Report of the Indian Hemp Drugs Commission, 1894-1895 - Volume IV
Year: 1894
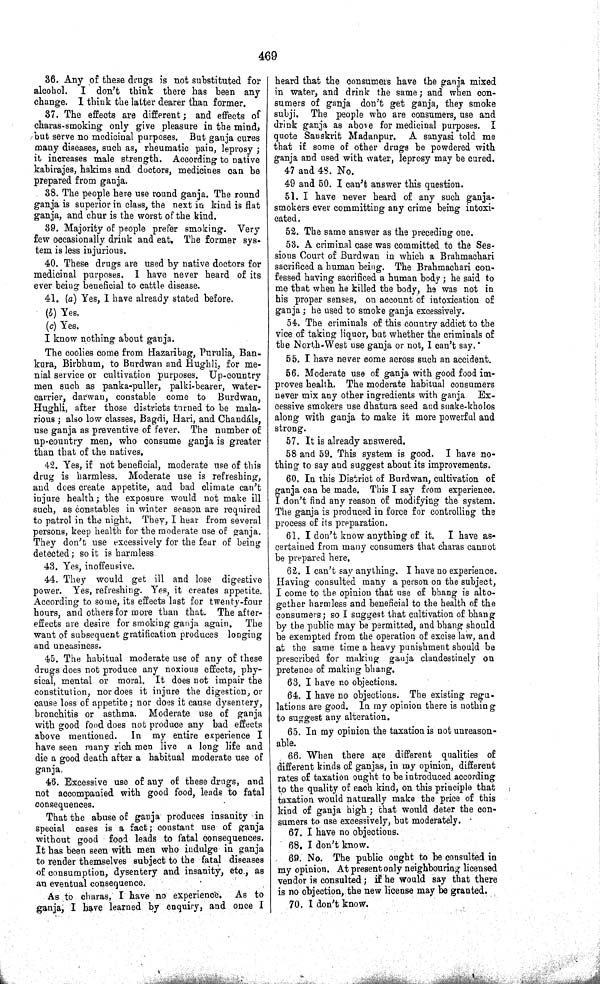
469
36. Any of these drugs is not substituted for
alcohol. I don't think there has been any
change. I think the latter dearer than former.
37. The effects are different; and effects of
charas-smoking only give pleasure in the mind,
but serve no medicinal purposes. But ganja cures
many diseases, such as, rheumatic pain, leprosy;
it increases male strength. According to native
kabirajes, hakims and doctors, medicines can be
prepared from ganja.
38. The people here use round ganja. The round
ganja is superior in class, the next in kind is flat
ganja, and chur is the worst of the kind.
39. Majority of people prefer smoking. Very
few occasionally drink and eat. The former sys-
tem is less injurious.
40. These drugs are used by native doctors for
medicinal purposes. I have never heard of its
ever being beneficial to cattle disease.
41. (a) Yes, I have already stated before.
(b) Yes.
(c) Yes.
I know nothing about ganja.
The coolies come from Hazaribag, Purulia, Ban-
kura, Birbhum, to Burdwan and Hughli, for me-
nial service or cultivation purposes. Up-country
men such as panka-puller, palki-bearer, water-
carrier, darwan, constable come to Burdwan,
Hughli, after those districts turned to be mala-
rious; also low classes, Bagdi, Hari, and Chandáls,
use ganja as preventive of fever. The number of
up-country men, who consume ganja is greater
than that of the natives.
42. Yes, if not beneficial, moderate use of this
drug is harmless. Moderate use is refreshing,
and does create appetite, and bad climate can't
injure health; the exposure would not make ill
such, as constables in winter season are required
to patrol in the night. They, I hear from several
persons, keep health for the moderate use of ganja.
They don't use excessively for the fear of being
detected; so it is harmless.
43. Yes, inoffensive.
44. They would get ill and lose digestive
power. Yes, refreshing. Yes, it creates appetite.
According to some, its effects last for twenty-four
hours, and others for more than that. The after-
effects are desire for smoking ganja again. The
want of subsequent gratification produces longing
and uneasiness.
45. The habitual moderate use of any of these
drugs does not produce any noxious effects, phy-
sical, mental or moral. It does not impair the
constitution, nor does it injure the digestion, or
cause loss of appetite; nor does it cause dysentery,
bronchitis or asthma. Moderate use of ganja
with good food does not produce any bad effects
above mentioned. In my entire experience I
have seen many rich men live a long life and
die a good death after a habitual moderate use of
ganja.
46. Excessive use of any of these drugs, and
not accompanied with good food, leads to fatal
consequences.
That the abuse of ganja produces insanity in
special cases is a fact; constant use of ganja
without good food leads to fatal consequences.
It has been seen with men who indulge in ganja
to render themselves subject to the fatal diseases
of consumption, dysentery and insanity, etc., as
an eventual consequence.
As to charas, I have no experience. As to
ganja, I have learned by enquiry, and once I
heard that the consumers have the ganja mixed
in water, and drink the same; and when con-
sumers of ganja don't get ganja, they smoke
subji. The people who are consumers, use and
drink ganja as above for medicinal purposes. I
quote Sanskrit Madanpur. A sanyasi told me
that if some of other drugs be powdered with
ganja and used with water, leprosy may be cured.
47 and 48. No.
49 and 50. I can't answer this question.
51. I have never heard of any such ganja-
smokers ever committing any crime being intoxi-
cated.
52. The same answer as the preceding one.
53. A criminal case was committed to the Ses-
sions Court of Burdwan in which a Brahmachari
sacrificed a human being. The Brahmachari con-
fessed having sacrificed a human body; he said to
me that when he killed the body, he was not in
his proper senses, on account of intoxication of
ganja; he used to smoke ganja excessively.
54. The criminals of this country addict to the
vice of taking liquor, but whether the criminals of
the North-West use ganja or not, I can't say.
55. I have never come across such an accident.
56. Moderate use of ganja with good food im-
proves health. The moderate habitual consumers
never mix any other ingredients with ganja Ex-
cessive smokers use dhatura seed and snake-kholos
along with ganja to make it more powerful and
strong.
57. It is already answered.
58 and 59. This system is good. I have no-
thing to say and suggest about its improvements.
60. In this District of Burdwan, cultivation of
ganja can be made. This I say from experience.
I don't find any reason of modifying the system.
The ganja is produced in force for controlling the
process of its preparation.
61. I don't know anything of it.
I have as-
certained from many consumers that charas cannot
be prepared here.
62. I can't say anything. I have no experience.
Having consulted many a person on the subject,
I come to the opinion that use of bhang is alto-
gether harmless and beneficial to the health of the
consumers; so I suggest that cultivation of bhang
by the public may be permitted, and bhang should
be exempted from the operation of excise law, and
at the same time a heavy punishment should be
prescribed for making ganja clandestinely on
pretence of making bhang.
63. I have no objections.
64. I have no objections. The existing regu-
lations are good. In my opinion there is nothing
to suggest any alteration.
65. In my opinion the taxation is not unreason-
able.
66. When there are different qualities of
different kinds of ganjas, in my opinion, different
rates of taxation ought to be introduced according
to the quality of each kind, on this principle that
taxation would naturally make the price of this
kind of ganja high; that would deter the con-
sumers to use excessively, but moderately.
67. I have no objections.
68. I don't know.
69. No. The public ought to be consulted in
my opinion. At present only neighbouring licensed
vendor is consulted; if he would say that there
is no objection, the new license may be granted.
70. I don't know.